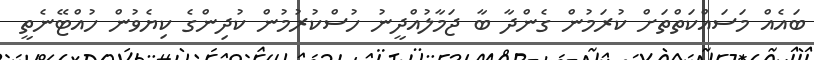
ބައެއް މަސައްކަތްތަށް ކުރަމުން ގެންދާ ބާ ޖަމާލުއްދީނު ހުސްކުރުމުން ކުދިންގެ ކިޔެވުން ހުއްޓޭނެތީ